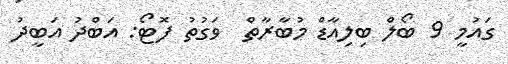
ގައުމީ 9 ބޯލް ބިލިއާޑް މުބާރާތް  ވަގުތު ފޮޓޯ: އަބްދު އަބީދު